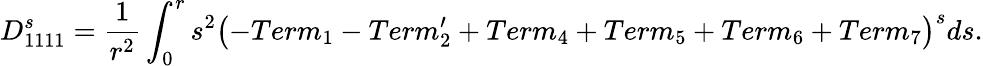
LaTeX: D_{1111}^{s}=\frac{1}{r^{2}}\int_{0}^{r}s^{2}\left(-Term_{1}-Term_{2}^{\prime}+Term_{4}+Term_{5}+Term_{6}+Term_{7}\right)^{s}ds.